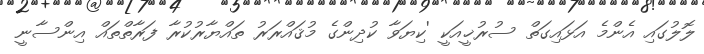
ލޮލުގައި އެންމެ އަޅައިގަތް ސުރުޚީއަކީ 'ކިޔަވާ ކުދިންގެ މުޤައްރަރު ތައްޔާރުކުރާ ފަރާތްތައް އިންސާނީ